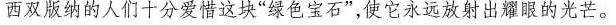
西双版纳的人们十分爱惜这块”绿色宝石”，使它永远放射出耀眼的光芒。